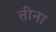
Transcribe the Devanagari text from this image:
तींना